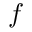
f